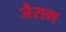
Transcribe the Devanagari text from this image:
जैराग